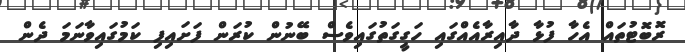
ރޮބޮޓުތައް އެހާ ފުޅާ ދާއިރާއެއްގައި ހަގީގަތުގައިވެސް ބޭނުން ކުރަން ފަށައިފި ކަމުގައިވާނަމަ ދެން